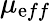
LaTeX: \mu_{\mathrm{e}ff}